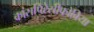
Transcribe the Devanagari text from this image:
कांसपिरेसीफोबिया